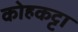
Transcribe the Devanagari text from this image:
कोहकट्टा